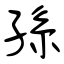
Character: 孫